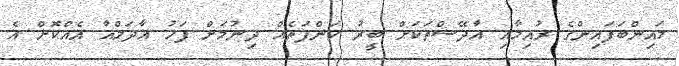
މައިންބަފައިންގެ ރުއިމާއި އާދޭސްތަކަށް ބީރު ކަންފަތެއް ދިނުމަށް ފަހު އާދަމްއާ އެއްކޮށް އެ